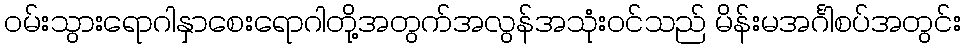
ဝမ်းသွားရောဂါနှာစေးရောဂါတို့အတွက်အလွန်အသုံးဝင်သည် မိန်းမအင်္ဂါစပ်အတွင်း